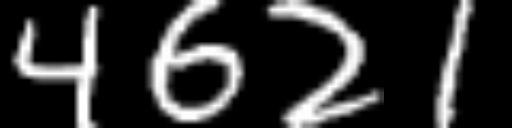
Text: 4621